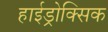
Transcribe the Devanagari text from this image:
हाईड्रोक्सिक